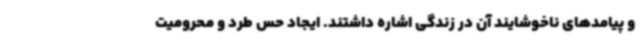
و پیامدهای ناخوشایند آن در زندگی اشاره داشتند. ایجاد حس طرد و محرومیت